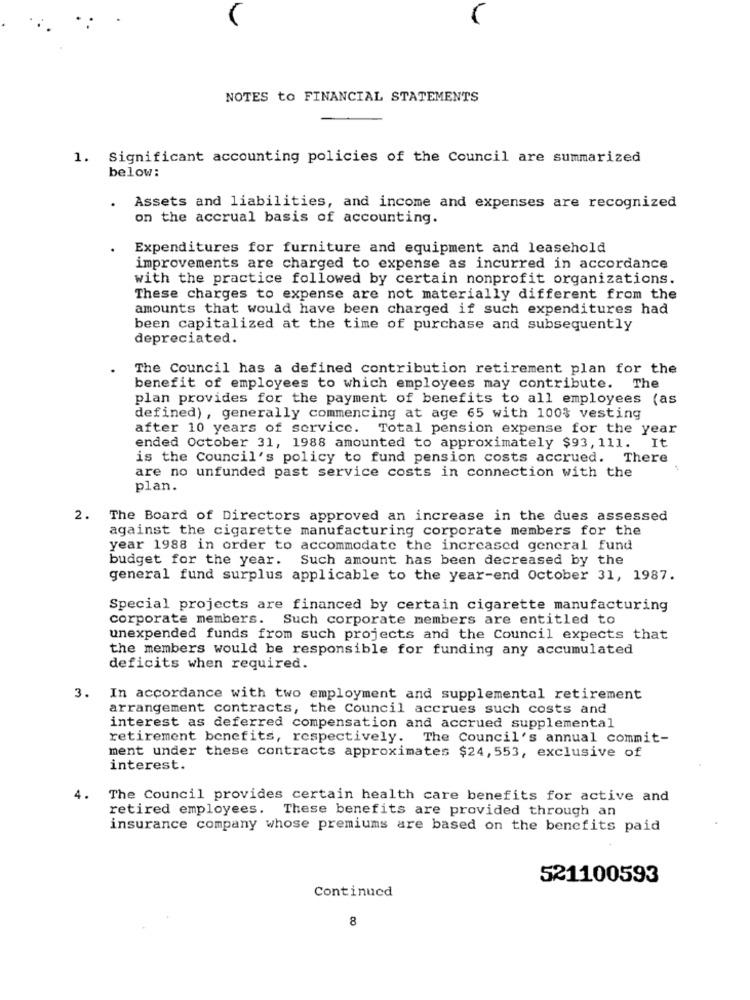
NOTES to FINANCIAL STATEMENTS
1. Significant accounting policies of the Council are summarized
below:
Assets and liabilities, and income and expenses are recognized
on the accrual basis of accounting.
Expenditures for furniture and equipment and leasehold
improvements are charged to expense as incurred in accordance
with the practice followed by certain nonprofit organizations.
These charges to expense are not materially different from the
amounts that would have been charged if such expenditures had
been capitalized at the time of purchase and subsequently
depreciated.
The Council has a defined contribution retirement plan for the
benefit of employees to which employees may contribute. The
plan provides for the payment of benefits to all employees (as
defined), generally commencing at age 65 with 100% vesting
after 10 years of service. Total pension expense for the year
It
ended October 31, 1988 amounted to approximately $93, 111.
is the Council's policy to fund pension costs accrued. There
are no unfunded past service costs in connection with the
plan.
2. The Board of Directors approved an increase in the dues assessed
against the cigarette manufacturing corporate members for the
year 1988 in order to accommodate the increased general fund
budget for the year. Such amount has been decreased by the
general fund surplus applicable to the year-end October 31, 1987.
Special projects are financed by certain cigarette manufacturing
corporate members. Such corporate members are entitled to
unexpended funds from such projects and the Council expects that
the members would be responsible for funding any accumulated
deficits when required.
3. In accordance with two employment and supplemental retirement
arrangement contracts, the Council accrues such costs and
interest as deferred compensation and accrued supplemental
retirement benefits, respectively. The Council's annual commit-
ment under these contracts approximates $24, 553, exclusive of
interest.
4.
The Council provides certain health care benefits for active and
retired employees. These benefits are provided through an
insurance company whose premiums are based on the benefits paid
521100593
Continued
8